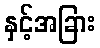
နှင့်အခြား